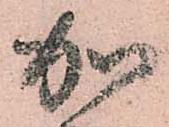
加